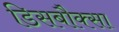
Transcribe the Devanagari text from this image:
डिसबौक्सा